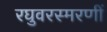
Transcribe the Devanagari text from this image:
रघुवरस्मरणीं